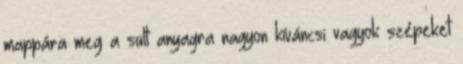
mappára meg a sült anyagra nagyon kíváncsi vagyok szépeket